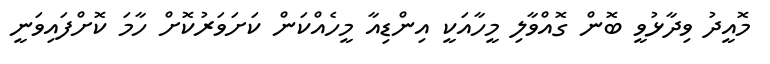
މޮއީދު ވިދާޅުވީ ބޮން ގޮއްވާލި މީހާއަކީ އިންޑިއާ މީހެއްކަން ކަށަވަރުކޮށް ހާމަ ކޮށްފައިވަނީ